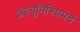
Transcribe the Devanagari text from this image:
अॅल्युमिनियमचे